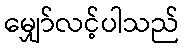
မျှော်လင့်ပါသည်